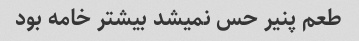
طعم پنیر حس نمیشد بیشتر خامه بود